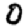
Digit: 0